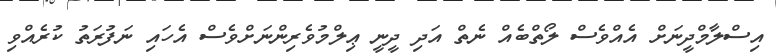
އިސްލާމްދީނަށް އެއްވެސް ލޯތްބެއް ނެތް އަދި ދީނީ ޢިލްމުވެރިންނަށްވެސް އެހައި ނަފުރަތު ކުރެއްވި